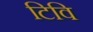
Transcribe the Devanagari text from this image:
टिवि